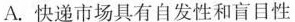
A.快递市场具有自发性和盲目性